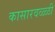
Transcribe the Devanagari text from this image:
कासारवळ्ळी